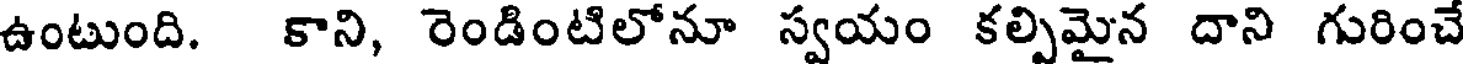
ఉంటుంది. కాని, రెండింటిలోనూ స్వయం కల్పిమైన దాని గురించే